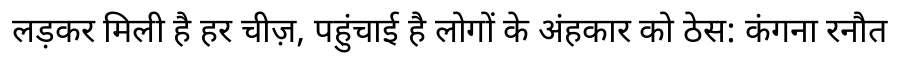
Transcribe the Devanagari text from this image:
लड़कर मिली है हर चीज़, पहुंचाई है लोगों के अंहकार को ठेस: कंगना रनौत